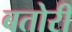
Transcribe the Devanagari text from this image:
बतोरी